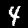
Digit: 4